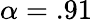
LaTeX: \alpha=.91